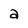
Character: a